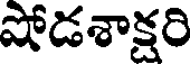
షోడశాక్షరి